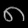
Digit: ၈